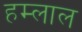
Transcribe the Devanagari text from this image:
हम्लाल